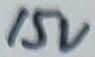
Text: 15V